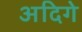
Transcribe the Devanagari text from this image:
अदिगे